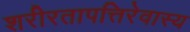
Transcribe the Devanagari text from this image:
शरीरतापत्तिरेवास्य